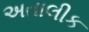
અતાલીક